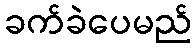
ခက်ခဲပေမည်